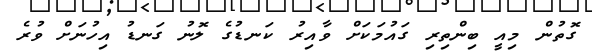
ގޮތުން މިއީ ބިންތިރި ގައުމަކަށް ވާއިރު ކަނޑުގެ ލޮނު ގަނޑު އިހުނަށް ވުރެ